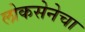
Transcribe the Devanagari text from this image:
लोकसेनेचा